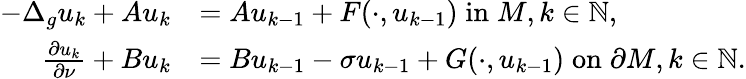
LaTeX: \begin{array}{rl}{-\Delta_{g}u_{k}+Au_{k}}&{=Au_{k-1}+F(\cdot,u_{k-1})\; \mathrm{in}\; M,k\in\mathbb{N},}\\ {\frac{\partial u_{k}}{\partial\nu}+Bu_{k}}&{=Bu_{k-1}-\sigma u_{k-1}+G(\cdot,u_{k-1})\; \mathrm{on}\; \partial M,k\in\mathbb{N}.}\end{array}